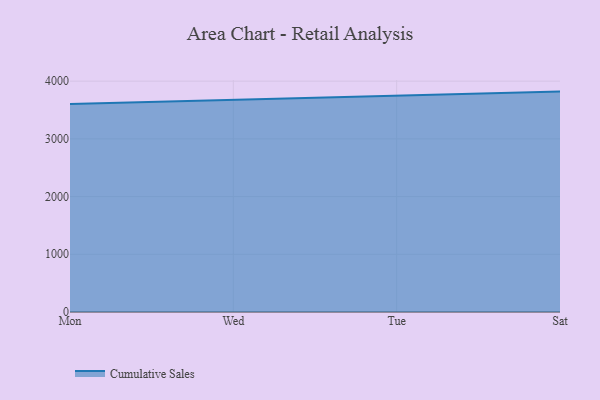
{"axis": {"x": "Day", "y": "Budget (USD K)"}, "legend": ["Cumulative Sales"], "data": [{"x": "Mon", "y": 3602.6, "type": "Cumulative Sales"}, {"x": "Wed", "y": 3676.0, "type": "Cumulative Sales"}, {"x": "Tue", "y": 3751.6, "type": "Cumulative Sales"}, {"x": "Sat", "y": 3819.1, "type": "Cumulative Sales"}]}